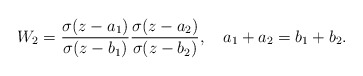
\begin{align*}W_{2}=\frac{\sigma(z-a_{1})}{\sigma(z-b_{1})}\frac{\sigma(z-a_{2})}{\sigma(z-b_{2})}, \quad a_{1}+a_{2}=b_{1}+b_{2}. \end{align*}